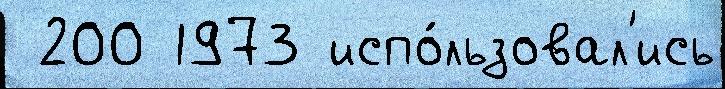
 200 1973 испо́льзовал'ись